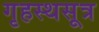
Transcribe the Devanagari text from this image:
गृहस्थसूत्र